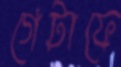
গেটাফে